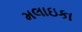
મલાઇકા